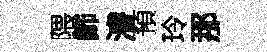
隈飾濬預玲那